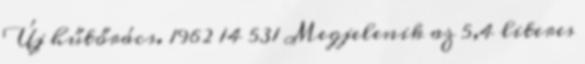
Új hűtőrács. 1962 14 531 Megjelenik az 5,4 literes